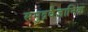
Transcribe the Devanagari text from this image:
समुद्रवैज्ञानिक